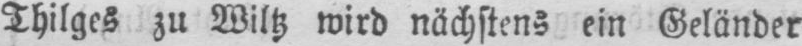
Thilges zu Wiltz wird nächstens ein Geländer